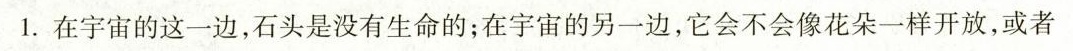
1.在宇宙的这一边，石头是没有生命的；在宇宙的另一边，它会不会像花朵一样开放，或者